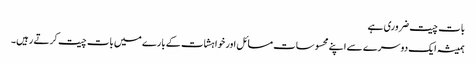
بات چیت ضروری ہے
ہمیشہ ایک دوسرے سے اپنے محسوسات مسائل اور خواہشات کے بارے میں بات چیت کرتے رہیں۔